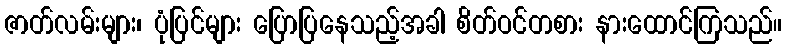
ဇာတ်လမ်းများ၊ ပုံပြင်များ ပြောပြနေသည့်အခါ စိတ်ဝင်တစား နားထောင်ကြသည်။